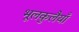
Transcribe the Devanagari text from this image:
भूलकुलैयाँ